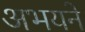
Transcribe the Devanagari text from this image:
अभयने